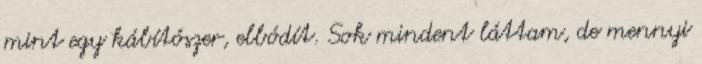
mint egy kábítószer, elbódít. Sok mindent láttam, de mennyi